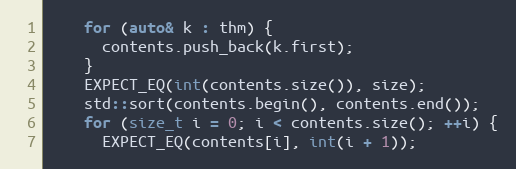
Language: C++
    for (auto& k : thm) {
      contents.push_back(k.first);
    }
    EXPECT_EQ(int(contents.size()), size);
    std::sort(contents.begin(), contents.end());
    for (size_t i = 0; i < contents.size(); ++i) {
      EXPECT_EQ(contents[i], int(i + 1));